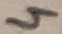
Text: 3